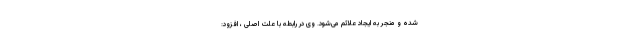
شده و منجر به ایجاد علائم می‌شود. وی در رابطه با علت اصلی ، افزود: